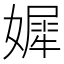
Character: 㜨